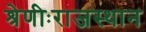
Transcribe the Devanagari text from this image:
श्रेणीःराजस्थान